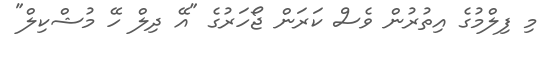
މި ފިލްމުގެ އިތުރުން ވެސް ކަރަން ޖޯހަރުގެ "އޭ ދިލް ހޭ މުޝްކިލް"